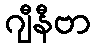
ဂျီနီဗာ